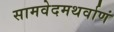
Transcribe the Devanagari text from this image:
सामवेदमथर्वाणं